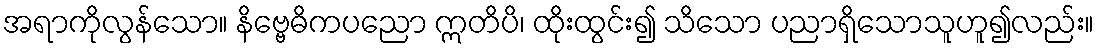
အရာကိုလွန်သော။ နိဗ္ဗေဓိကပညော ဣတိပိ၊ ထိုးထွင်း၍ သိသော ပညာရှိသောသူဟူ၍လည်း။